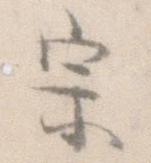
宗